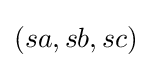
(sa,sb,sc)